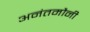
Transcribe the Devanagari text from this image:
अनंतमौनी